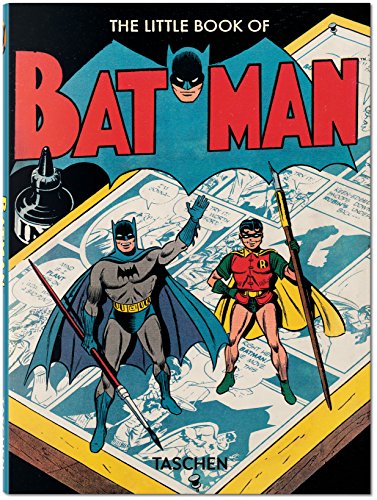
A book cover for The Little Book of Batman (English, French and German Edition); Paul Levitz; Comics & Graphic Novels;